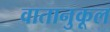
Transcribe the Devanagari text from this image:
वातानुकूल